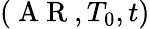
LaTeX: (\mathrm{~A~R~},T_{0},t)